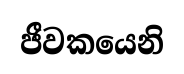
ජීවකයෙනි